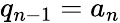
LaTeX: q_{n-1}=a_{n}